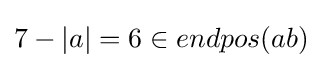
7-|a|=6\in endpos(ab)